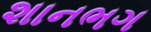
શાનભગ